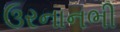
ઉરનાનભી